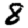
Digit: 8